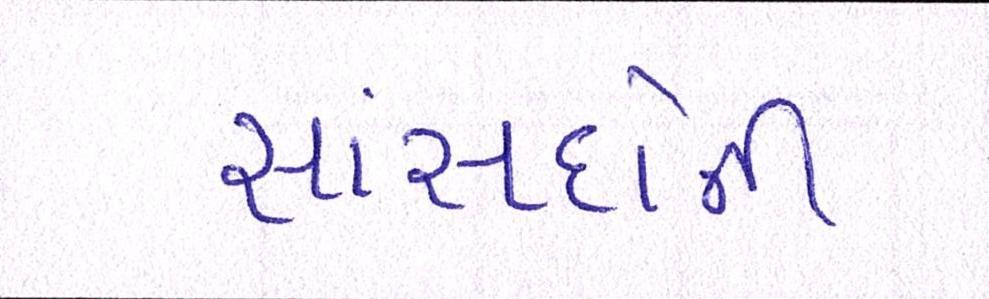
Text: સાંસદોની